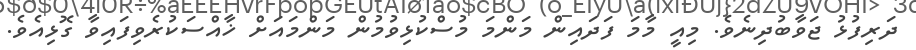
ދަރިފުޅު ޖަވާބުދިނެވެ. މިއީ މާމަ ފަދައިން މަންމަ މުސްކުޅިވުމުން މަންމައަށް ޚާއްސަކުރެވިފައިވާ ގޮޅިއެވެ.